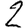
Digit: 2